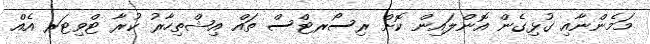
މަމެންނާއި ގުޅިގެން އޮންލައިން ކޮށް ރިސޯރޓްސް ތައް އިޝްތިހާރު ކުރާ ޓްވިޓަރ އެއް